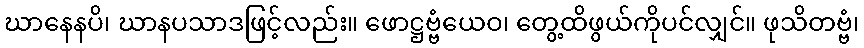
ဃာနေနပိ၊ ဃာနပသာဒဖြင့်လည်း။ ဖောဋ္ဌဗ္ဗံယေဝ၊ တွေ့ထိဖွယ်ကိုပင်လျှင်။ ဖုသိတဗ္ဗံ၊